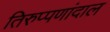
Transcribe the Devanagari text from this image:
तिरुप्पणांदाल